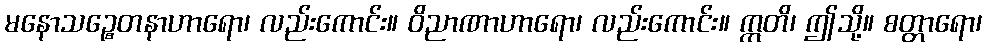
မနောသဉ္စေတနာဟာရော၊ လည်းကောင်း။ ဝိညာဏာဟာရော၊ လည်းကောင်း။ ဣတိ၊ ဤသို့။ စတ္တာရော၊